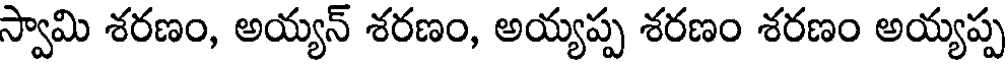
స్వామి శరణం, అయ్యన్ శరణం, అయ్యప్ప శరణం శరణం అయ్యప్ప